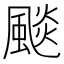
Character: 颷